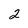
Character: 2